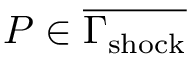
P \in \overline { { \Gamma _ { \mathrm { { s h o c k } } } } }